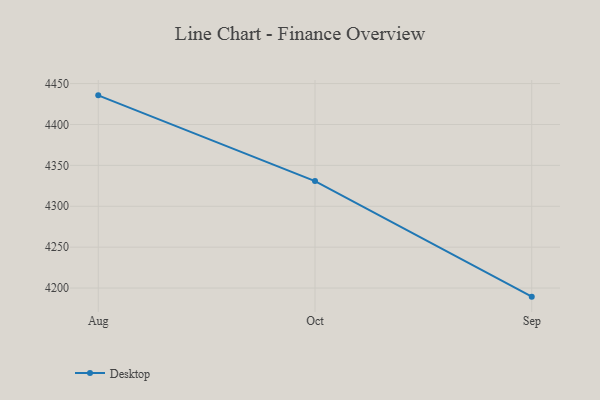
{"axis": {"x": "Month", "y": "Page Views"}, "legend": ["Desktop"], "data": [{"x": "Aug", "y": 4435.6, "type": "Desktop"}, {"x": "Oct", "y": 4330.8, "type": "Desktop"}, {"x": "Sep", "y": 4189.5, "type": "Desktop"}]}